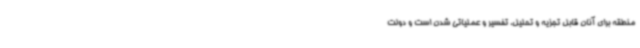
منطقه برای آنان قابل تجزیه و تحلیل، تفسیر و عملیاتی شدن است و دولت